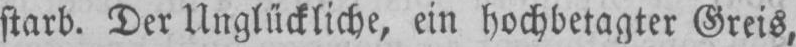
starb. Der Unglückliche, ein hochbetagter Greis,